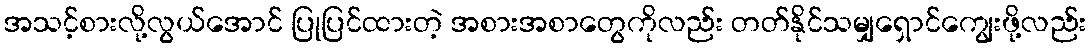
အသင့်စားလို့လွယ်အောင် ပြုပြင်ထားတဲ့ အစားအစာတွေကိုလည်း တတ်နိုင်သမျှရှောင်ကျွေးဖို့လည်း